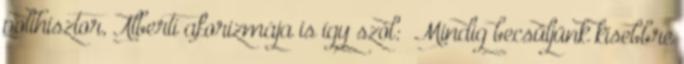
polihisztor, Alberti aforizmája is így szól: „Mindig becsüljünk kisebbre